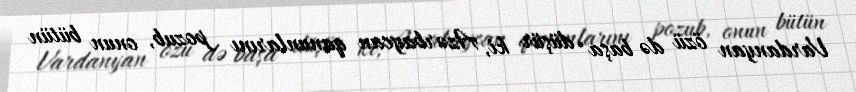
Vardanyan özü də başa düşür ki, Azərbaycan qanunlarını pozub, onun bütün